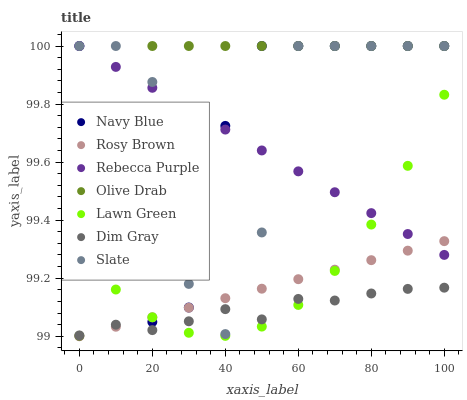
| xaxis_label | Navy Blue | Rosy Brown | Rebecca Purple | Olive Drab | Lawn Green | Dim Gray | Slate |
 | --- | --- | --- | --- | --- | --- | --- | --- |
 | 0 | 100 | 99 | 100 | 99 | 99.3 | 99 | 100 |
 | 10 | 99.6 | 99 | 99.9 | 99.3 | 99.2 | 99 | 100 |
 | 20 | 99 | 99.1 | 99.9 | 100 | 99.1 | 99 | 99.9 |
 | 30 | 99.1 | 99.1 | 99.8 | 100 | 99 | 99.1 | 99.2 |
 | 40 | 99.7 | 99.1 | 99.7 | 100 | 99 | 99.1 | 99 |
 | 50 | 100 | 99.2 | 99.6 | 100 | 99 | 99.1 | 99.4 |
 | 60 | 100 | 99.2 | 99.6 | 100 | 99.1 | 99.1 | 100 |
 | 70 | 100 | 99.2 | 99.5 | 100 | 99.2 | 99.1 | 100 |
 | 80 | 100 | 99.3 | 99.4 | 100 | 99.4 | 99.1 | 100 |
 | 90 | 100 | 99.3 | 99.4 | 100 | 99.6 | 99.2 | 100 |
 | 100 | 100 | 99.3 | 99.3 | 100 | 99.8 | 99.2 | 100 |